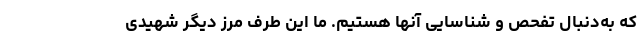
که به‌دنبال تفحص و شناسایی آنها هستیم. ما این طرف مرز دیگر شهیدی